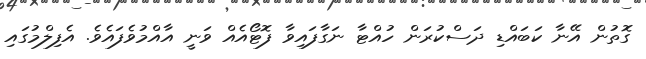
ގޮތުން އޭނާ ކަބައްޑި ދަސްކުރަން ހުއްޓާ ނަގާފައިވާ ފޮޓޯއެއް ވަނީ އާއްމުވެފައެވެ. އެފިލްމުގައި